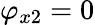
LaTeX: \varphi_{x2}=0